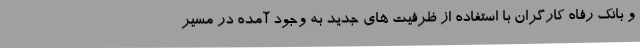
و بانک رفاه کارگران با استفاده از ظرفیت های جدید به وجود آمده در مسیر